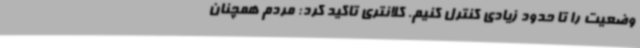
وضعیت را تا حدود زیادی کنترل کنیم. کلانتری تاکید کرد: مردم همچنان